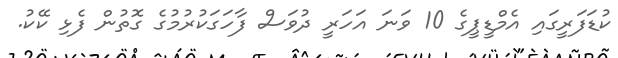
ކުޑަފަރީގައި އެމްޑީޕީގެ 10 ވަނަ އަހަރީ ދުވަސް ފާހަގަކުރުމުގެ ގޮތުން ފެޅި ކޭކު.